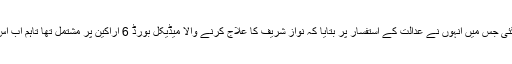
ڈاکٹر محمود ایاز کے لاہور ہائی کورٹ پہنچنے کے بعد سماعت دوبارہ شروع کی گئی جس میں انہوں نے عدالت کے استفسار پر بتایا کہ نواز شریف کا علاج کرنے والا میڈیکل بورڈ 6 اراکین پر مشتمل تھا تاہم اب اس میں نواز شریف کے ذاتی معالج سمیت مزید کچھ ڈاکٹرز کو بھی شامل کرلیا گیا تھا۔